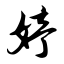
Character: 婷